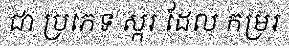
ជា ប្រភេទ ស្ករ ដែល កម្ររ